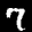
Label: 7